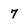
Character: 7